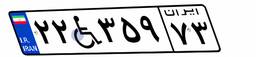
۲۲W۳۵۹۷۳